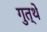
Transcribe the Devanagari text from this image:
गुत्थे